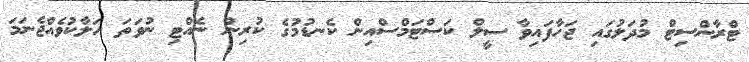
ޓްރާންސިޓް މުދަލުގައި ޖަހާފައިވާ ސީލް ކަސްޓަމްސްއިން ކެނޑުމުގެ ކުރިން ނެއްޓި ނުވަތަ ހަލާކުވެއްޖެނަމަ